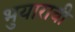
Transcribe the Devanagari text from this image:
भुयाराची